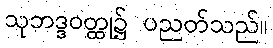
သုဘဒ္ဒဝတ္ထု၌ ပညတ်သည်။